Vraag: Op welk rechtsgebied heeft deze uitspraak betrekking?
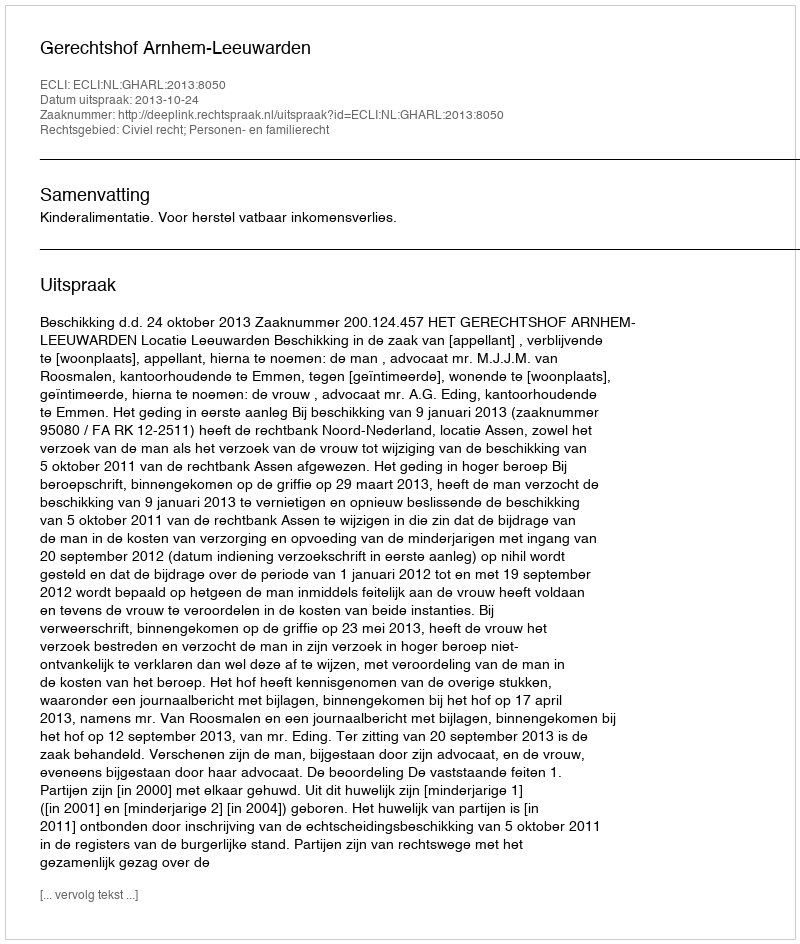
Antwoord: Civiel recht; Personen- en familierecht